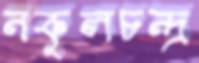
নকুলচন্দ্র